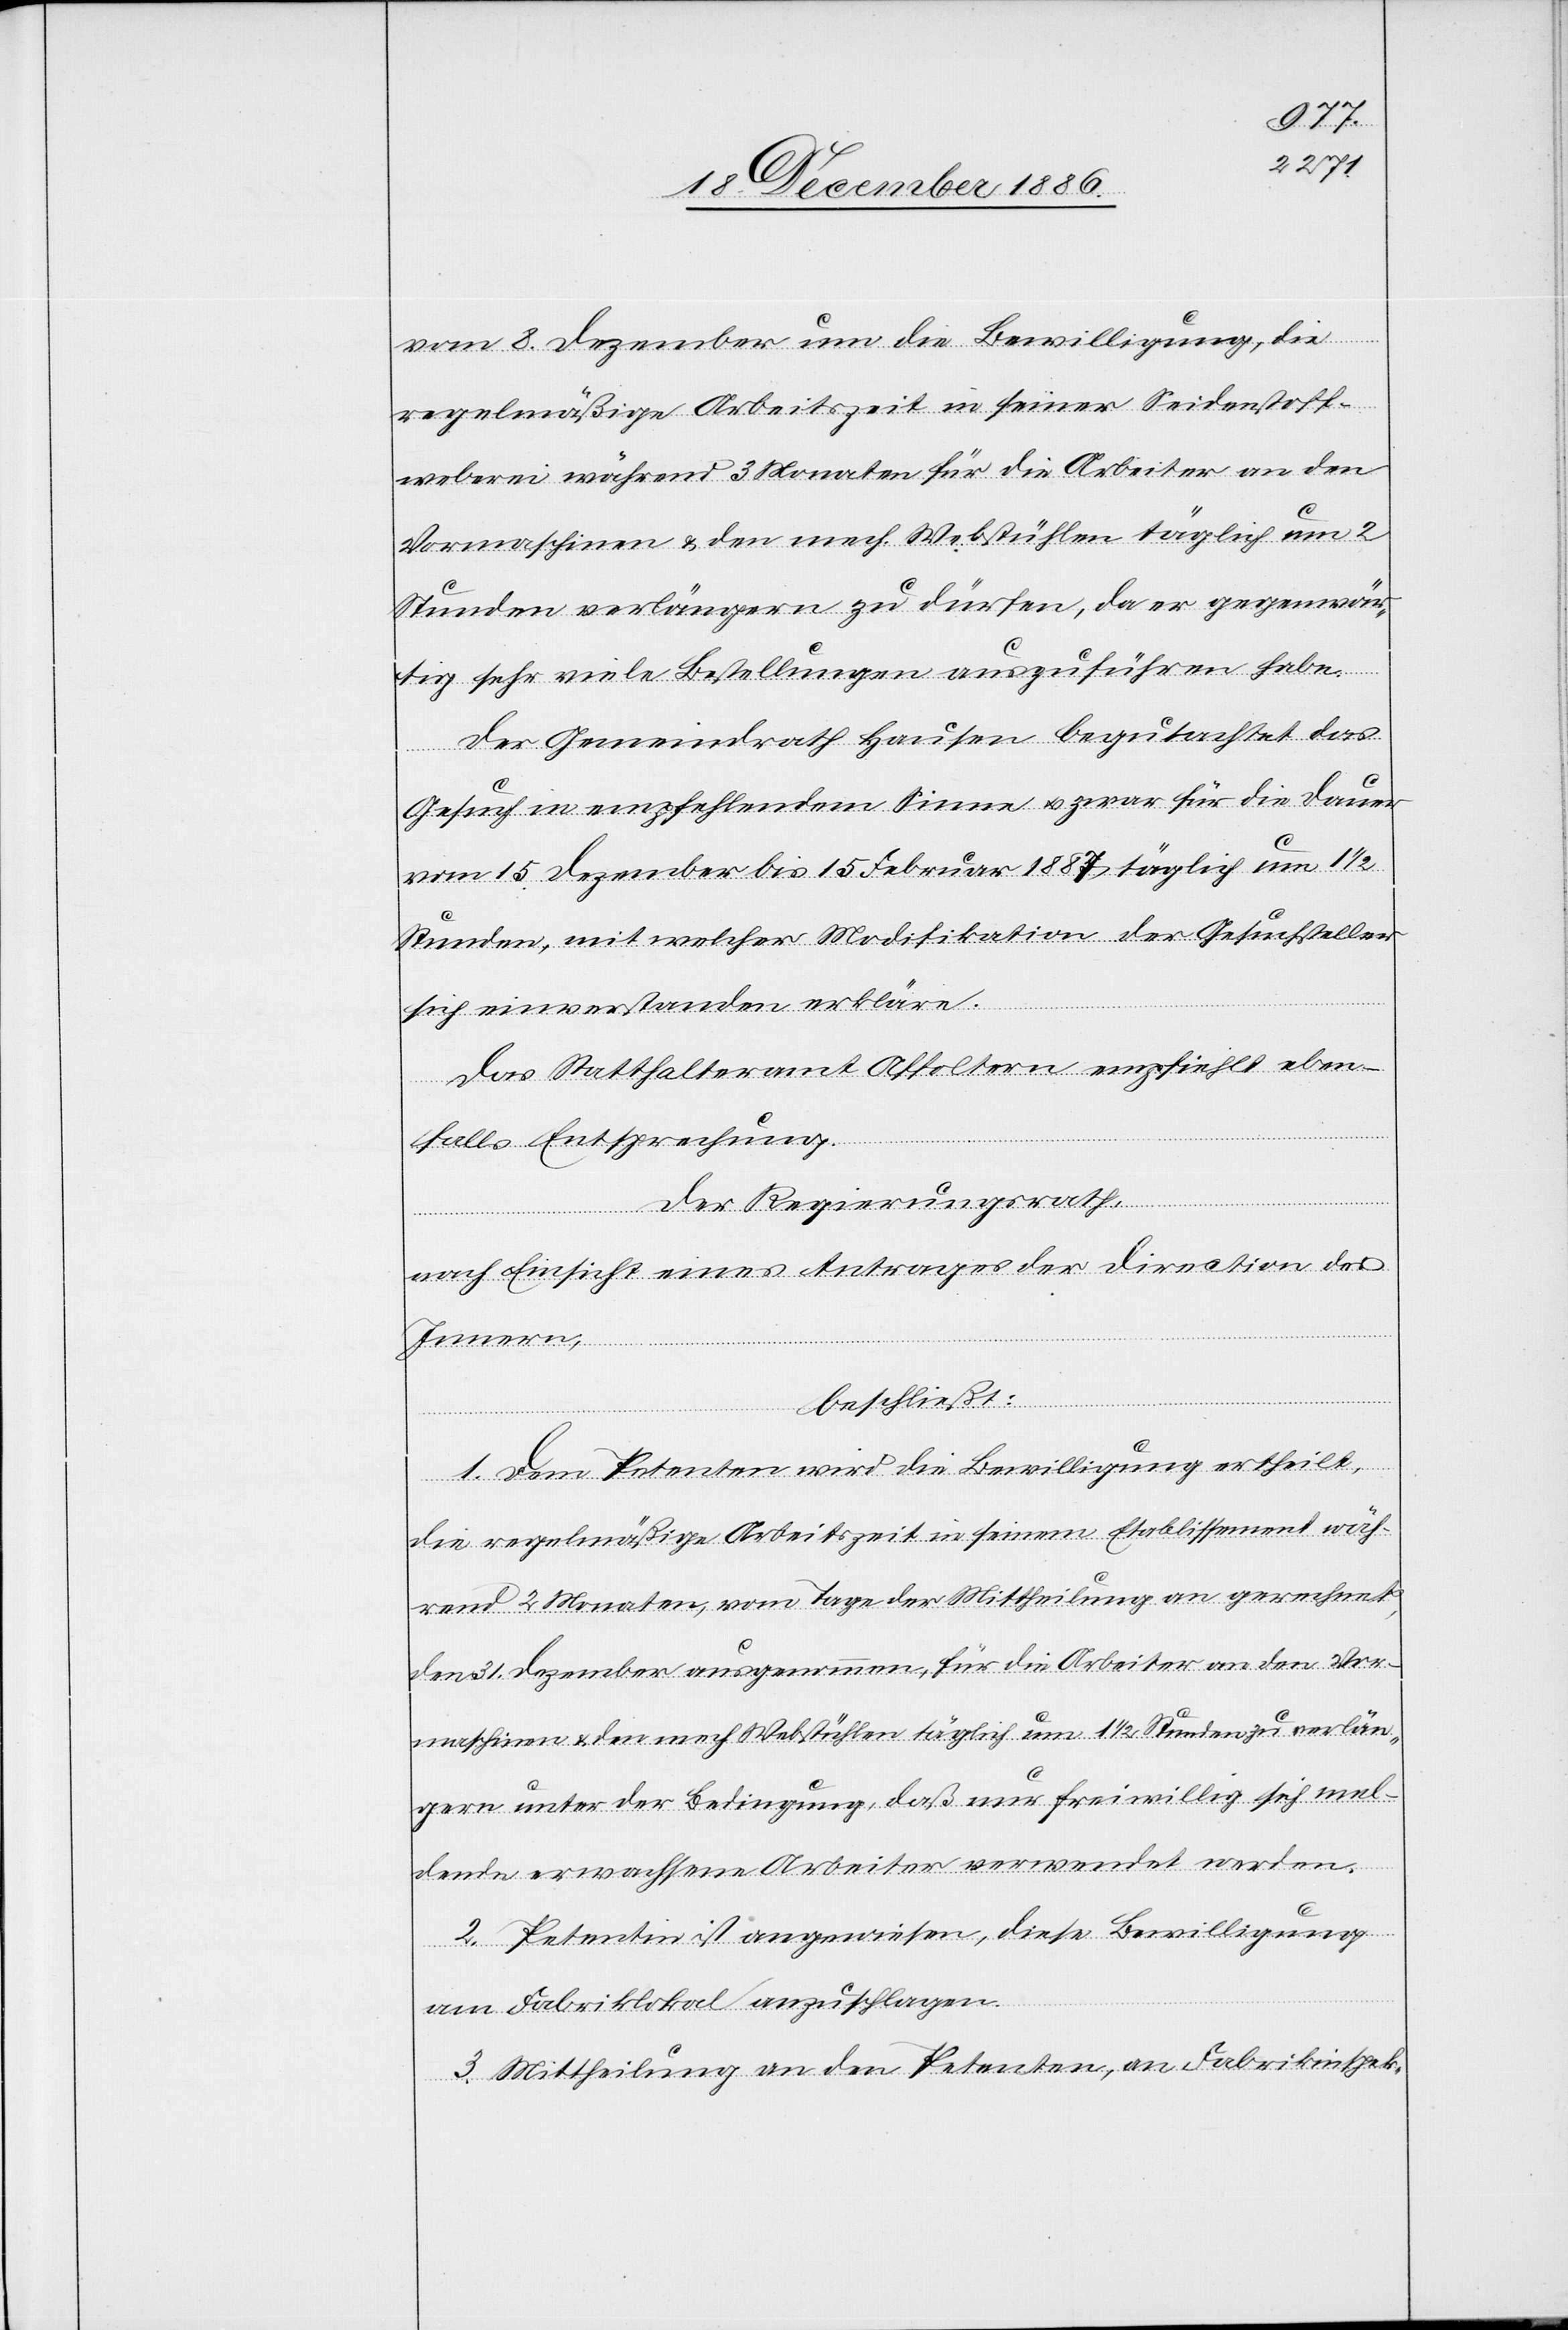
vom 8. Dezember um die Bewilligung, die
regelmäßige Arbeitszeit in seiner Seidenstoff¬
weberei während 3 Monaten für die Arbeiter an den
Vormaschinen & den mech. Webstühlen täglich um 2
Stunden verlängern zu dürfen, da er gegenwär¬
tig sehr viele Bestellungen auszuführen habe.
Der Gemeindrath Hausen begutachtet das
Gesuch in empfehlendem Sinne & zwar für die Dauer
vom 15. Dezember bis 15. Februar 1887 täglich um 1
Stunden, mit welcher Modifikation der Gesuchsteller
sich einverstanden erkläre.
Das Statthalteramt Affoltern empfiehlt eben¬
falls Entsprechung.
Der Regierungsrath,
nach Einsicht eines Antrages der Direction des
Innern,
beschließt:
1. Dem Petenten wird die Bewilligung ertheilt,
die regelmäßige Arbeitszeit in seinem Etablissement wäh¬
rend 2 Monaten, vom Tage der Mittheilung an gerechnet,
den 31. Dezember ausgenommen, für die Arbeiter an den Vor¬
maschinen & den mech. Webstühlen täglich um 1 1/2 Stunden zu verlän¬
gern unter der Bedingung, daß nur freiwillig sich mel¬
dende erwachsene Arbeiter verwendet werden.
2. Petentin ist angewiesen, diese Bewilligung
am Fabriklokal anzuschlagen.
3. Mittheilung an den Petenten, an Fabrikinspek-